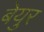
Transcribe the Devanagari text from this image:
बेयुर